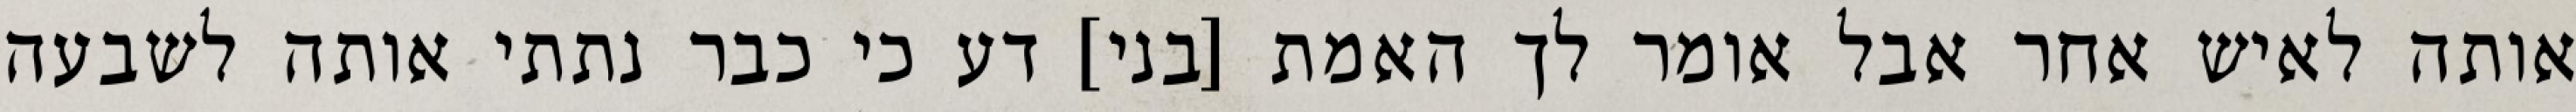
אותה לאיש אחר אבל אומר לך האמת [בני] דע כי כבר נתתי אותה לשבעה